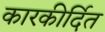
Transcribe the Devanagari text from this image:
कारकीर्दित